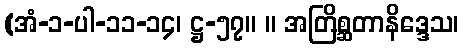
(အံ-၁-ပါ-၁၁-၁၄၊ ဋ္ဌ-၅၇။ ။ အတြိစ္ဆတာနိဒ္ဒေသ၊